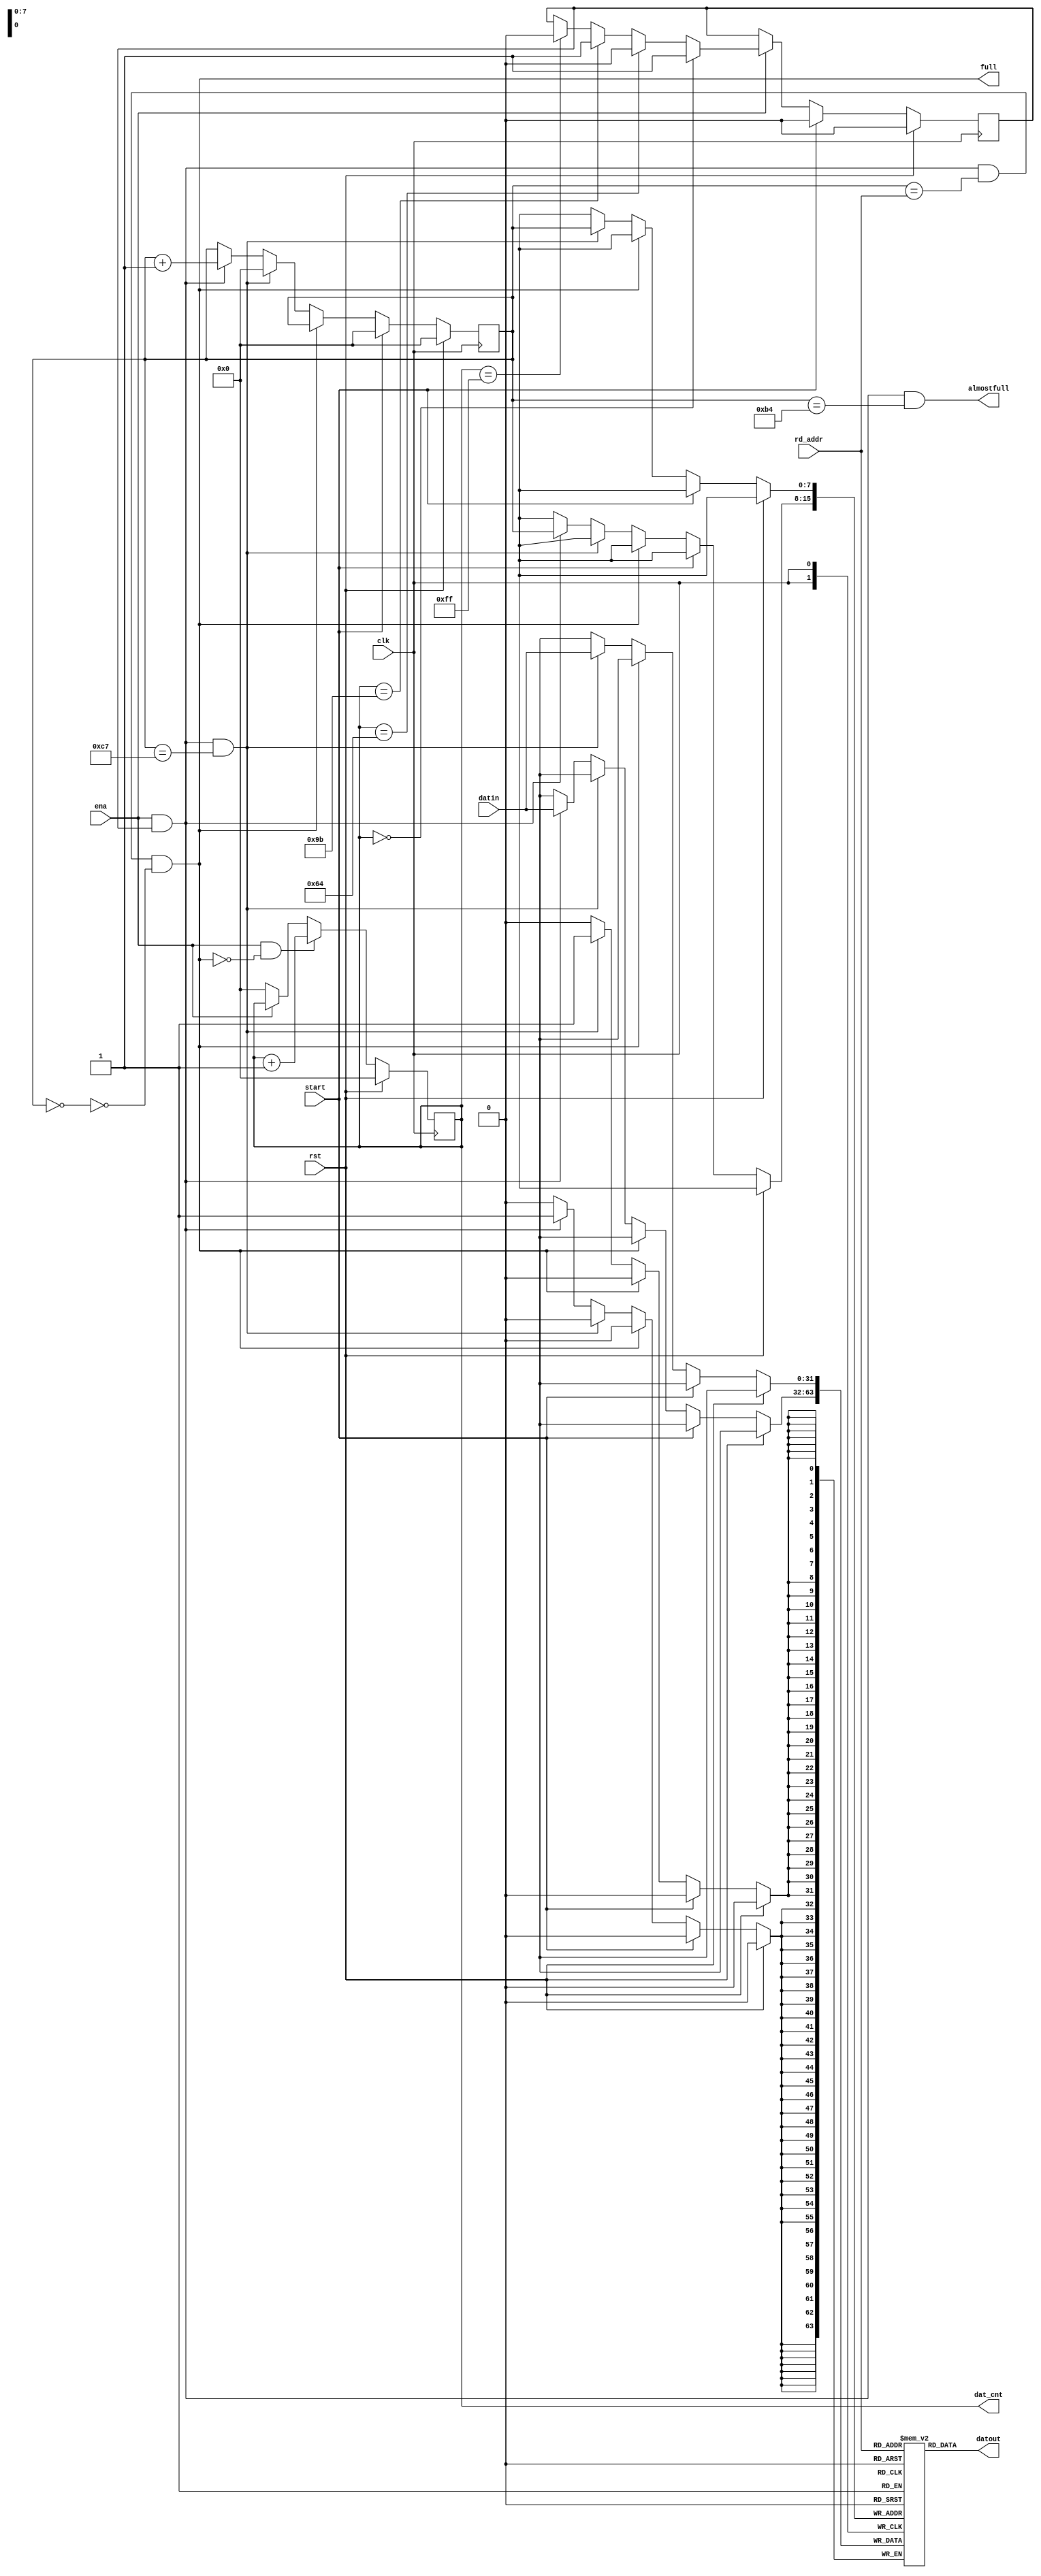
`timescale 1ns / 1ps
//////////////////////////////////////////////////////////////////////////////////
// Company: 
// Engineer: 
// 
// Design Name: 
// Module Name:    Ch_buf 
// Project Name: 
// Target Devices: 
// Tool versions: 
// Description: 
//
// Dependencies: 
//
// Revision: 
// Revision 0.01 - File Created
// Additional Comments: 
//
//////////////////////////////////////////////////////////////////////////////////
module Ch_buf(
	input 					clk, rst, ena, start,
	input 		[31:0]	datin,
	input 		[7:0]		rd_addr,		 
	output 		[31:0]	datout,
	output reg 	[7:0] 	dat_cnt,
	output 		 			almostfull,
	output					full
    );

reg [31:0] 	rx_buf_mem [0:199];
reg [7:0]  	rx_buf_wrcnt;	//write pointer of rx buffer
reg [7:0] 	datin_cnt;

always@(posedge clk) begin
	if (rst)	 					dat_cnt <=8'd0;
	else if (ena & (~full)) dat_cnt <= dat_cnt + 1'b1;
	else if (~ena)				dat_cnt <=8'd0;
end

reg car_val; // used carriers in OFDM symbol
always@(posedge clk) begin
	if (rst)	 								car_val <=8'd0;
	else if 		(start)					car_val <=8'd0;
	else if 		(ena) begin
		if			(dat_cnt == 8'd0)		car_val <= 1'd1;
		else if	(dat_cnt == 8'd100)	car_val <= 1'd0;
		else if	(dat_cnt == 8'd155)	car_val <= 1'd1;
		else if	(dat_cnt == 8'd255) 	car_val <= 1'd0;
	end	
end


always@(posedge clk) begin
	if (rst) 				rx_buf_wrcnt	<= 8'd0;	
	else if (start)		rx_buf_wrcnt	<= 8'd0;
	else if (~full)
		if (ena & car_val & (rx_buf_wrcnt == 8'd199))	begin
								rx_buf_wrcnt	<= 8'd0;
								rx_buf_mem[rx_buf_wrcnt] 	<= datin;
								end
		else if (ena & car_val)	begin
								rx_buf_wrcnt	<= rx_buf_wrcnt + 1'b1;
								rx_buf_mem[rx_buf_wrcnt] 	<= datin;
								end	
end
assign 	datout		=  rx_buf_mem[rd_addr];
assign 	almostfull  = ena & car_val & (rx_buf_wrcnt == 8'd180);
assign 	full			= ena & car_val & (rx_buf_wrcnt == rd_addr) & (~(rx_buf_wrcnt == 8'd0));
endmodule